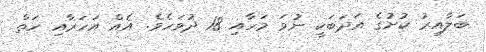
ބަލާއިރު ކުށުގެ އަދަބަކީ ނުވަ މަހާއި 18 ދުވަހެވެ. އެއް އަހަރާއި ހަތް